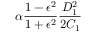
\alpha \frac { 1 - \epsilon ^ { 2 } } { 1 + \epsilon ^ { 2 } } \frac { D _ { 1 } ^ { 2 } } { 2 C _ { 1 } }